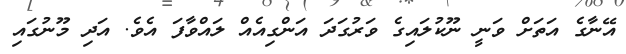
އޭނާގެ އަތަށް ވަނީ ނޫކުލައިގެ ވަރުގަދަ އަންގިއެއް ލައްވާފަ އެވެ. އަދި މޫނުގައި